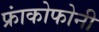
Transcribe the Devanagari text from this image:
फ्रांकोफोनी